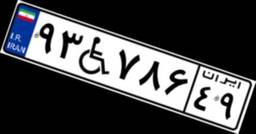
۹۳W۷۸۶۴۹